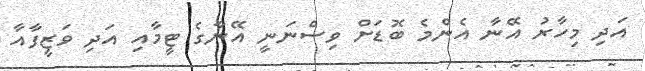
އަދި މިހާރު އޭނާ އެންމެ ބޮޑަށް ވިސްނަނީ އޭނާގެ ޓީމާއި އަދި ވަޒީފާއާ